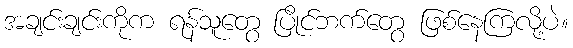
အချင်းချင်းကိုက ရန်သူတွေ ပြိုင်ဘက်တွေ ဖြစ်နေကြလို့ပဲ။